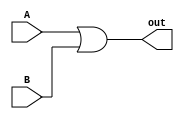
module OR (
    input A,
    input B, 
    output out);
    assign #(1:7:14,1:7:14) out = A | B;
endmodule